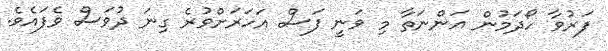
ފަރުވާ ހޯދަމުން އަންނަތާ މި ވަނީ ފަސް އަހަރަށްވުރެ ގިނަ ދުވަސް ވެފައެވެ.